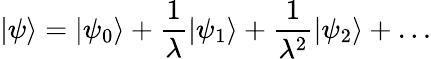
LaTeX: |\psi\rangle=|\psi_{0}\rangle+{\frac{1}{\lambda}}|\psi_{1}\rangle+{\frac{1}{\lambda^{2}}}|\psi_{2}\rangle+\ldots